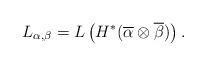
LaTeX: \begin{align*}L_{\alpha, \beta}=L\left(H^{*}(\overline{\alpha} \otimes \overline{\beta})\right).\end{align*}